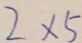
2 \times 5